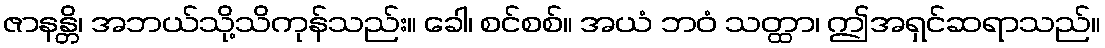
ဇာနန္တိ၊ အဘယ်သို့သိကုန်သည်း။ ခေါ၊ စင်စစ်။ အယံ ဘဝံ သတ္ထာ၊ ဤအရှင်ဆရာသည်။